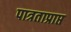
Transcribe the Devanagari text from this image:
पात्रताप्राप्त